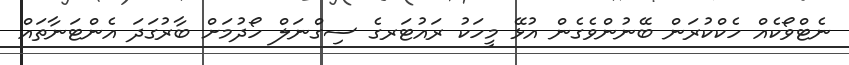
ނެޓްވޯކެއް ހެކްކުރަން ބޭނުންވެގެން އުޅޭ މީހަކު ރައުޓަރގެ ސިގްނަލް ހޯދުމަށް ބާރުގަދަ އެންޓަނާތައް